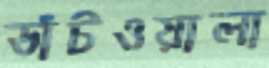
ডাঁটওয়ালা